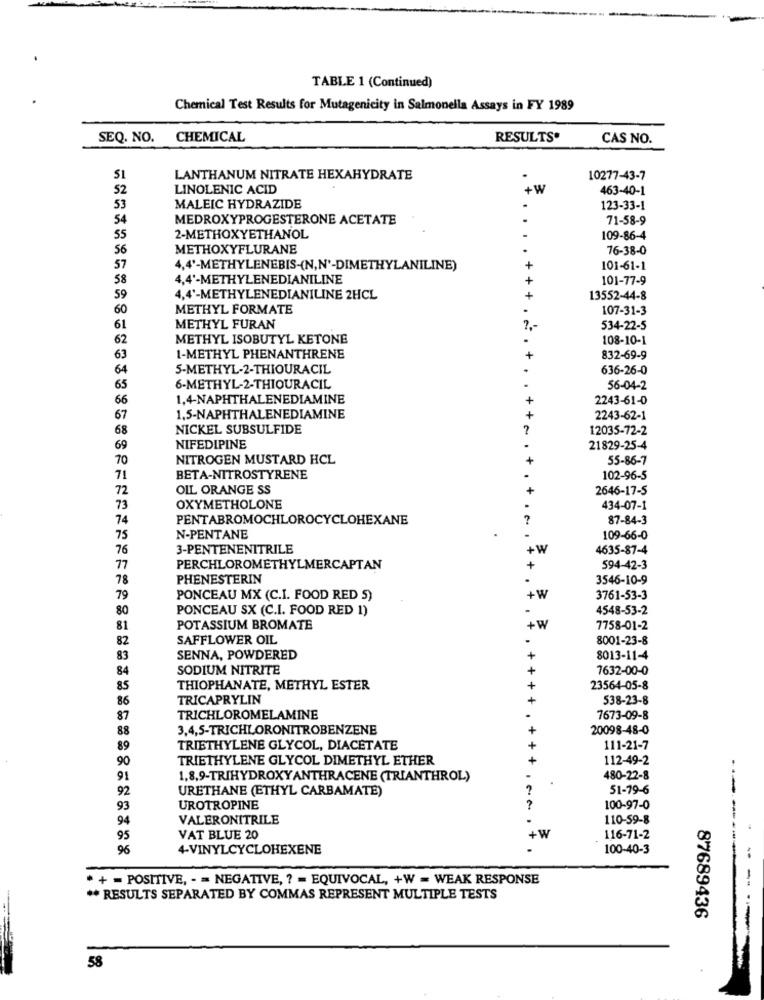
TABLE 1 (Continued)
Chemical Test Results for Mutagenicity in Salmonella Assays in FY 1989
SEQ. NO.
CHEMICAL
RESULTS'
CAS NO.
LANTHANUM NITRATE HEXAHYDRATE
10277-43-7
52
LINOLENIC ACID
+W
463-40-1
53
MALEIC HYDRAZIDE
123-33-1
54
MEDROXYPROGESTERONE ACETATE
71-58-9
55
2-METHOXYETHANOL
109-86-4
56
METHOXYFLURANE
76-38-0
57
4,4'-METHYLENEBIS-(N,N'-DIMETHYLANILINE)
101-61-1
58
4,4'-METHYLENEDIANILINE
101-77-9
59
4,4'-METHYLENEDIANILINE 2HCL
13552-44-8
60
METHYL FORMATE
107-31-3
61
METHYL FURAN
534-22-5
62
METHYL ISOBUTYL KETONE
108-10-1
63
I-METHYL PHENANTHRENE
832-69-9
64
5-METHYL-2-THIOURACIL
636-26-0
65
6-METHYL-2-THIOURACIL
56-04-2
66
1,4-NAPHTHALENEDIAMINE
2243-61-0
67
1,5-NAPHTHALENEDIAMINE
2243-62-1
68
NICKEL SUBSULFIDE
12035-72-2
69
NIFEDIPINE
21829-25-4
70
NITROGEN MUSTARD HCL
55-86-7
71
BETA-NITROSTYRENE
102-96-5
72
OIL ORANGE SS
2646-17-5
73
OXYMETHOLONE
434-07-1
74
PENTABROMOCHLOROCYCLOHEXANE
87-84-3
75
N-PENTANE
109-66-0
76
3-PENTENENITRILE
.W
4635-87-4
77
PERCHLOROMETHYLMERCAPTAN
594-42-3
78
PHENESTERIN
3546-10-9
79
PONCEAU MX (C.I. FOOD RED S)
3761-53-3
80
PONCEAU SX (C.I. FOOD RED 1)
4548-53-2
81
POTASSIUM BROMATE
7758-01-2
82
SAFFLOWER OIL
8001-23-8
83
SENNA, POWDERED
8013-11-4
84
SODIUM NITRITE
7632-00-0
85
THIOPHANATE, METHYL ESTER
23564-05-8
86
TRICAPRYLIN
538-23-8
87
TRICHLOROMELAMINE
7673-09-8
88
3,4,5-TRICHLORONITROBENZENE
20098-48-0
89
TRIETHYLENE GLYCOL, DIACETATE
111-21-7
90
TRIETHYLENE GLYCOL DIMETHYL ETHER
112-49-2
91
1,8,9-TRIHYDROXYANTHRACENE (TRIANTHROL)
480-22-8
92
URETHANE (ETHYL CARBAMATE)
51-79-6
93
UROTROPINE
100-97-0
VALERONITRILE
110-59-8
94
95
VAT BLUE 20
+W
116-71-2
-----
96
4-VINYLCYCLOHEXENE
100-40-3
* + = POSITIVE, - = NEGATIVE, ? = EQUIVOCAL, +W = WEAK RESPONSE
** RESULTS SEPARATED BY COMMAS REPRESENT MULTIPLE TESTS
-...
87689436
58